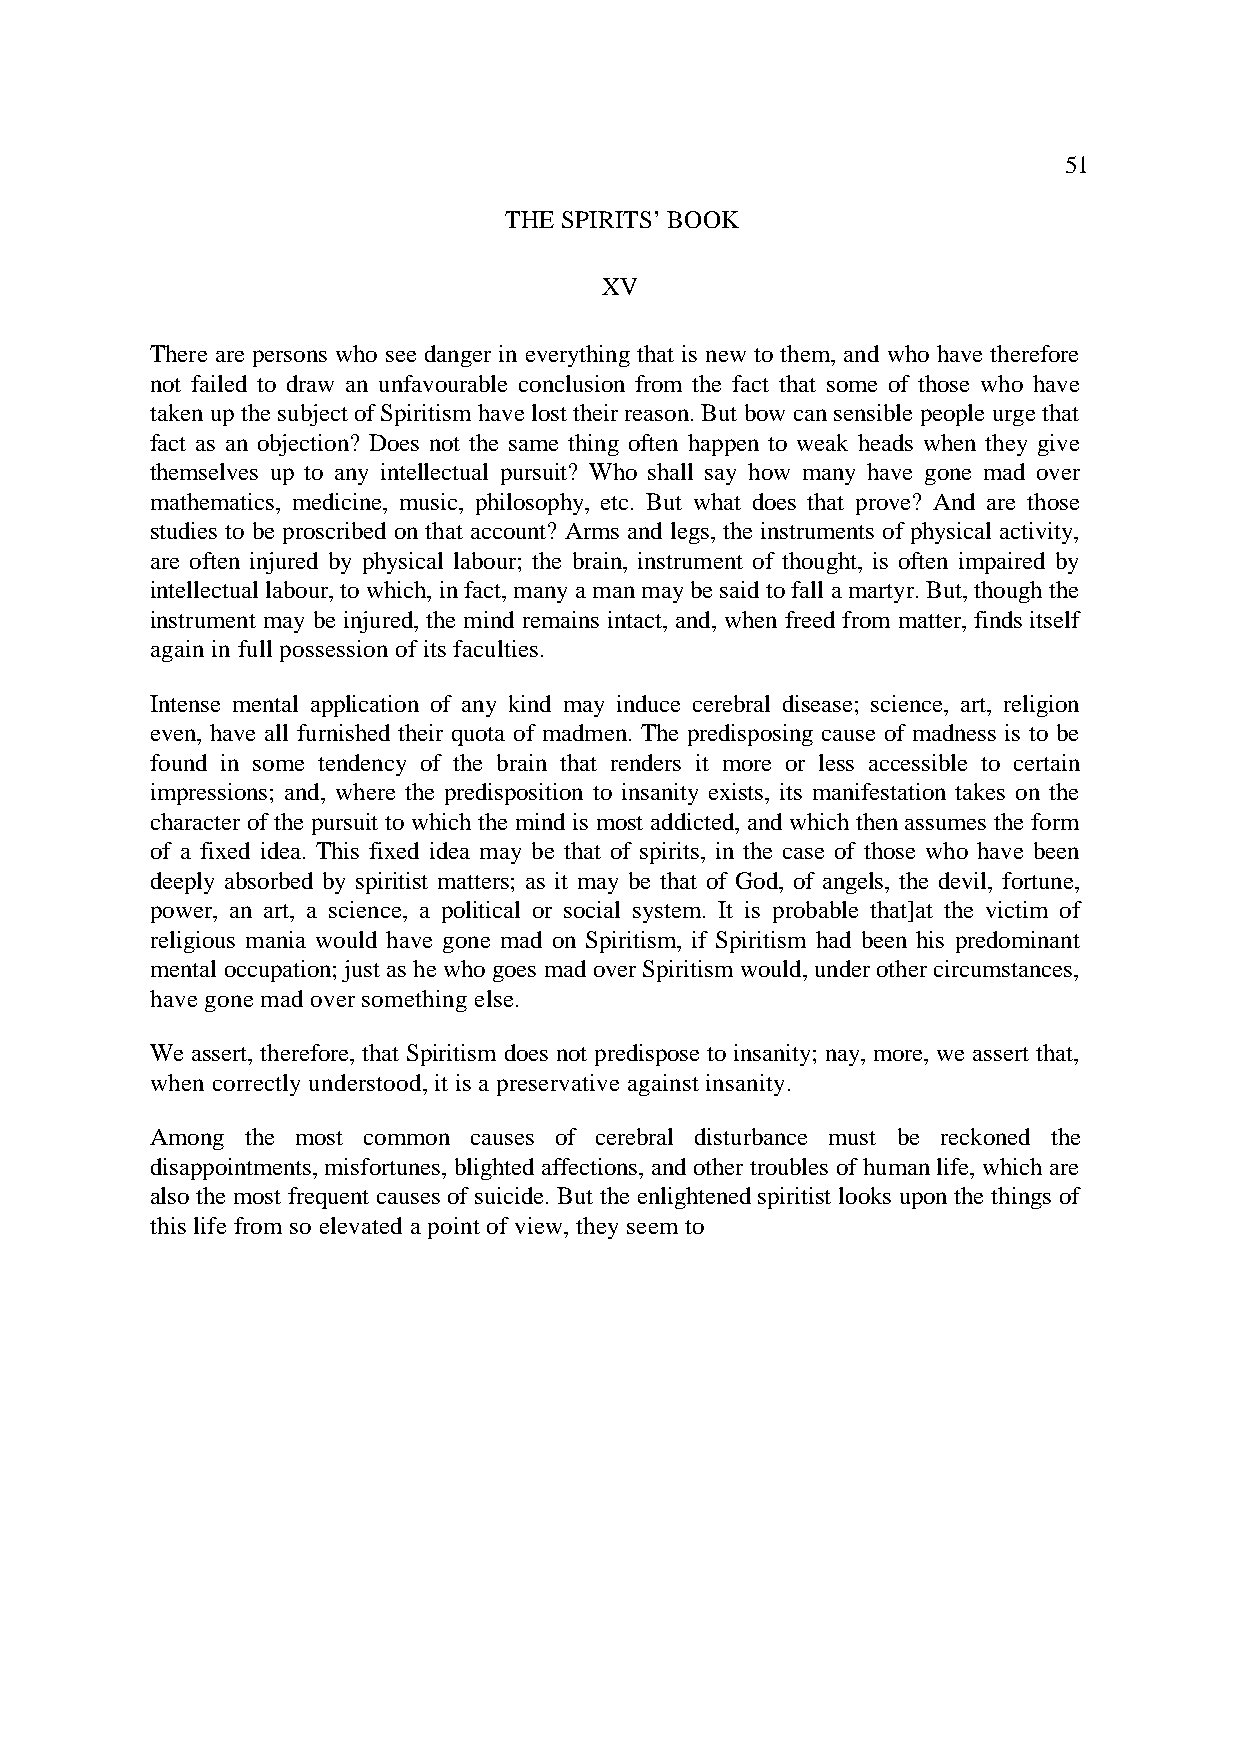
51
 THE SPIRITS’ BOOK
 XV
 There are persons who see danger in everything that is new to them, and who have therefore
 not failed to draw an unfavourable conclusion from the fact that some of those who have
 taken up the subject of Spiritism have lost their reason. But bow can sensible people urge that
 fact as an objection? Does not the same thing often happen to weak heads when they give
 themselves up to any intellectual pursuit? Who shall say how many have gone mad over
 mathematics, medicine, music, philosophy, etc. But what does that prove? And are those
 studies to be proscribed on that account? Arms and legs, the instruments of physical activity,
 are often injured by physical labour; the brain, instrument of thought, is often impaired by
 intellectual labour, to which, in fact, many a man may be said to fall a martyr. But, though the
 instrument may be injured, the mind remains intact, and, when freed from matter, finds itself
 again in full possession of its faculties.
 Intense mental application of any kind may induce cerebral disease; science, art, religion
 even, have all furnished their quota of madmen. The predisposing cause of madness is to be
 found in some tendency of the brain that renders it more or less accessible to certain
 impressions; and, where the predisposition to insanity exists, its manifestation takes on the
 character of the pursuit to which the mind is most addicted, and which then assumes the form
 of a fixed idea. This fixed idea may be that of spirits, in the case of those who have been
 deeply absorbed by spiritist matters; as it may be that of God, of angels, the devil, fortune,
 power, an art, a science, a political or social system. It is probable that]at the victim of
 religious mania would have gone mad on Spiritism, if Spiritism had been his predominant
 mental occupation; just as he who goes mad over Spiritism would, under other circumstances,
 have gone mad over something else.
 We assert, therefore, that Spiritism does not predispose to insanity; nay, more, we assert that,
 when correctly understood, it is a preservative against insanity.
 Among the most common causes of cerebral disturbance must be reckoned the
 disappointments, misfortunes, blighted affections, and other troubles of human life, which are
 also the most frequent causes of suicide. But the enlightened spiritist looks upon the things of
 this life from so elevated a point of view, they seem to